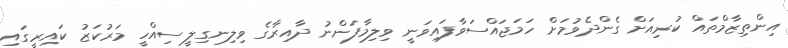
އިންތިޒާމްތައް ކުރިއަށް ގެންދެވުމަށް ހަމަޖައްސަވާފައިވަނީ ވިލިމާފަންނު ދާއިރާގެ ވިލިނގިލީ ސިއްހީ މަރުކަޒު ކައިރީގައި